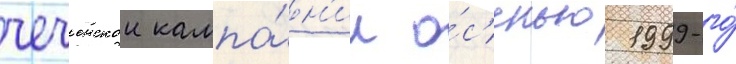
чеченскои кампа́н'ии о́с'енью 1999-го́